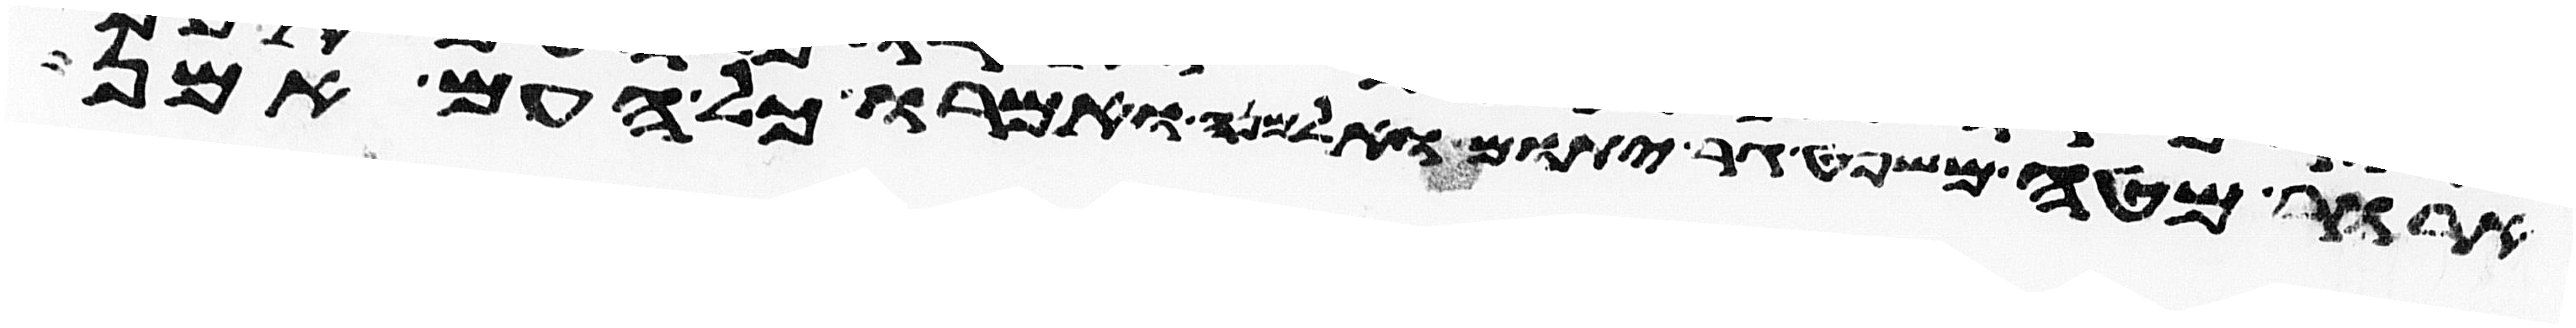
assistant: ארור מטה משפט גר יתום ואלמנה ואמרו כל העם אמן